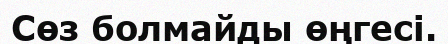
Сөз болмайды өңгесі.